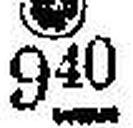
### 940